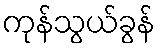
ကုန်သွယ်ခွန်